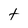
Character: t